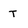
Character: T